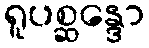
ရူပစ္ဆန္ဒော